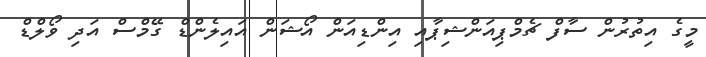
މީގެ އިތުރުން ސާފް ޗެމްޕިއަންޝިޕާއި އިންޑިއަން އޯޝަން އައިލެންޑް ގޭމްސް އަދި ވޯލްޑް